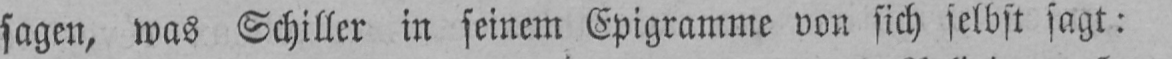
sagen, was Schiller in seinem Epigramme von sich selbst sagt: